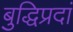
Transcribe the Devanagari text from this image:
बुद्धिप्रदां